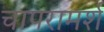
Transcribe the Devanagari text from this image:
चापरामर्श